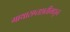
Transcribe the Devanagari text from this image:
गाथासप्तशतीमधून